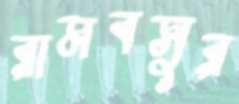
রামবসুর